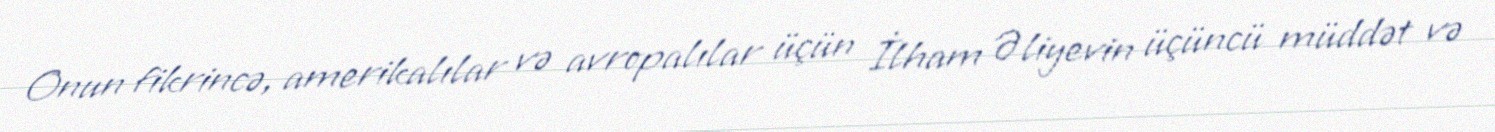
Onun fikrincə, amerikalılar və avropalılar üçün İlham Əliyevin üçüncü müddət və